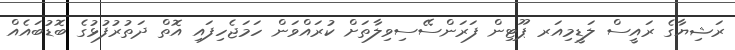
ރަޝިޔާގެ ރައީސް ލަޑީމިއަރ ޕޫޓިން ފަރަންސޭސިވިލާތަށް ކުރައްވަން ހަމަޖެހިފައި އޮތް ދަތުރުފުޅުގެ ބޮޑުބައެއް